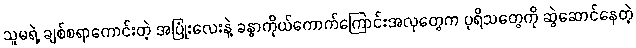
သူမရဲ့ ချစ်စရာကောင်းတဲ့ အပြုံးလေးနဲ့ ခန္ဓာကိုယ်ကောက်ကြောင်းအလှတွေက ပုရိသတွေကို ဆွဲဆောင်နေတဲ့